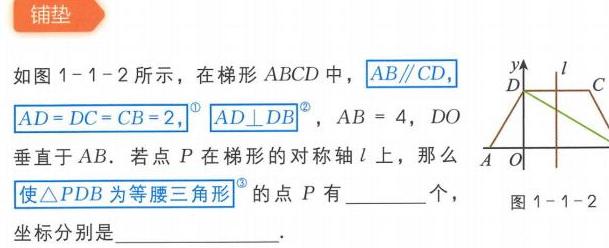
铺垫
如图1 - 1 - 2所示，在梯形 \(ABCD\) 中，\(AB\parallel CD\)，
\(AD = DC = CB = 2\)，\(AD\perp DB\)，\(AB = 4\)，\(DO\)
垂直于 \(AB\)。若点 \(P\) 在梯形的对称轴 \(l\) 上，那么
使\(\triangle PDB\)为等腰三角形的点 \(P\) 有  个，
坐标分别是  。
图1 - 1 - 2